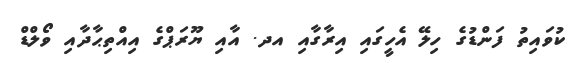
ކުވައިތު ފަންޑުގެ ހިލޭ އެހީގައި އިރާގާއި އދ. އާއި ޔޫރަޕްގެ އިއްތިޙާދާއި ވޯލްޑް